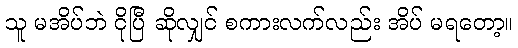
သူ မအိပ်ဘဲ ငိုပြီ ဆိုလျှင် စကားလက်လည်း အိပ် မရတော့။